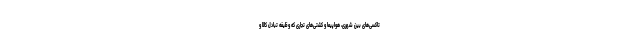
تاکسی‌های بین شهری، هواپیما و کشتی‌های تجاری که وظیفه تبادل کالا و